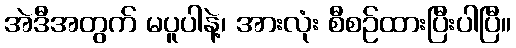
အဲဒီအတွက် မပူပါနဲ့၊ အားလုံး စီစဉ်ထားပြီးပါပြီ။